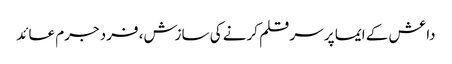
داعش کے ایما پر سر قلم کرنے کی سازش، فرد جرم عائد